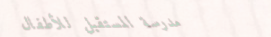
مدرسة المستقبل للأطفال